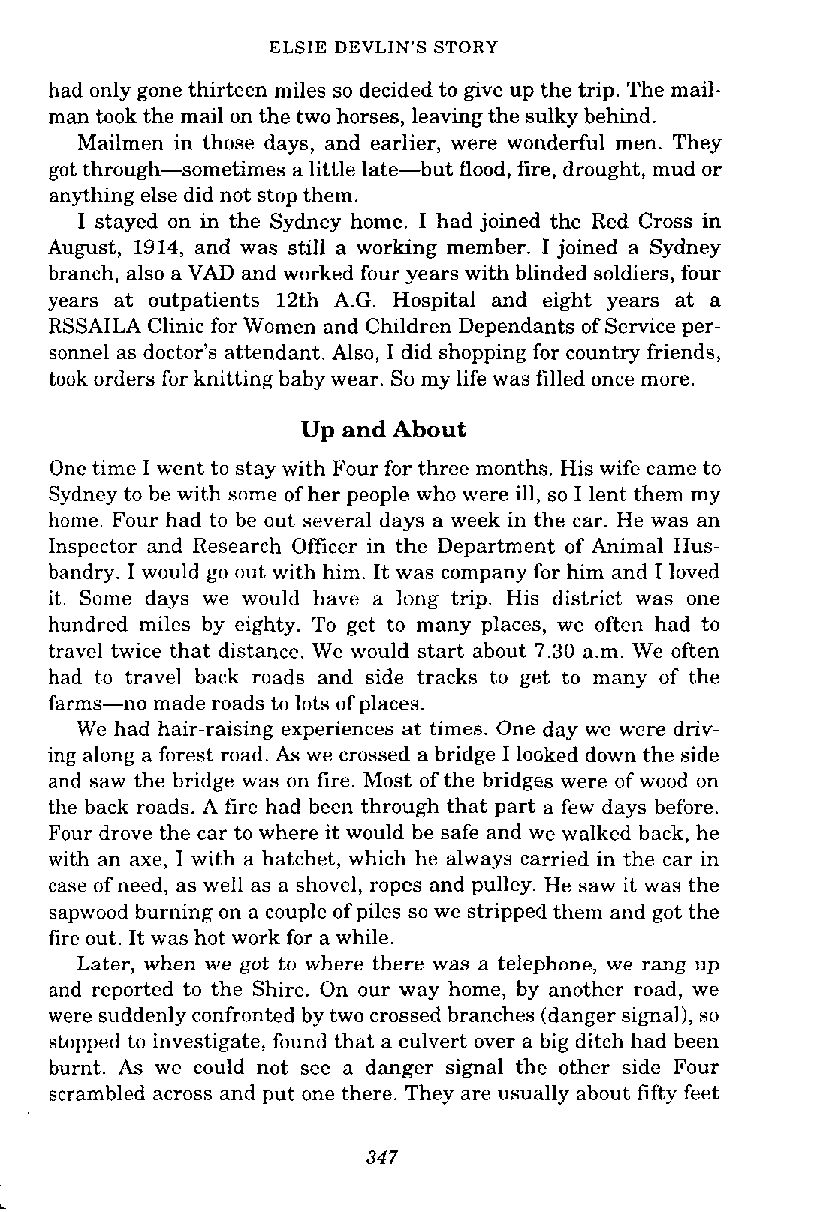
ELSIE DEVLIN'S STORY
 had only gone thirteen miles so decided to give up the trip. The mail-
 man took the mail on the two horses, leaving the sulky behind.
 Mailmen in those days, and earlier, were wonderful men. They
 got through-sometimes a little late-but flood, fire, drought, mud or
 anything else did not stop them.
 I stayed on in the Sydney home. I had joined the Red Cross in
 August, 1914, and was still a working member. I joined a Sydney
 branch, also a VAD and worked four years with blinded soldiers, four
 years at outpatients 12th A.G. Hospital and eight years at a
 RSSAILA Clinic for Women and Children Dependants of Service per-
 sonnel as doctor's attendant. Also, I did shopping for country friends,
 took orders for knitting baby wear. So my life was filled once more.
 Up and About
 One time I went to stay with Four for three months. His wife came to
 Sydney to be with some of her people who were ill, so I lent them my
 home. Four had to be out several days a week in the car. He was an
 Inspector and Research Officer in the Department of Animal Hus-
 bandry. I would go out with him. It was company for him and I loved
 it. Some days we would have a long trip. His district was one
 hundred miles by eighty. To get to many places, we often had to
 travel twice that distance. We would start about 7.30 a.m. We often
 had to travel back roads and side tracks to get to many of the
 farms-no made roads to lots of places.
 We had hair-raising experiences at times. One day we were driv-
 ing along a forest road. As we crossed a bridge I looked down the side
 and saw the bridge was on fire. Most of the bridges were of wood on
 the back roads. A fire had been through that part a few days before.
 Four drove the car to where it would be safe and we walked back, he
 with an axe, I with a hatchet, which he always carried in the car in
 case of need, as well as a shovel, ropes and pulley. He saw it was the
 sapwood burning on a couple of piles so we stripped them and got the
 fire out. It was hot work for a while.
 Later, when we got to where there was a telephone, we rang up
 and reported to the Shire. On our way home, by another road, we
 were suddenly confronted by two crossed branches (danger signal), so
 stopped to investigate, found that a culvert over a big ditch had been
 burnt. As we could not see a danger signal the other side Four
 scrambled across and put one there. They are usually about fifty feet